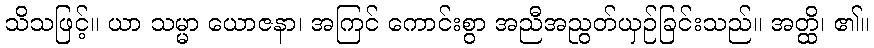
သိသဖြင့်။ ယာ သမ္မာ ယောဇနာ၊ အကြင် ကောင်းစွာ အညီအညွတ်ယှဉ်ခြင်းသည်။ အတ္ထိ၊ ၏။